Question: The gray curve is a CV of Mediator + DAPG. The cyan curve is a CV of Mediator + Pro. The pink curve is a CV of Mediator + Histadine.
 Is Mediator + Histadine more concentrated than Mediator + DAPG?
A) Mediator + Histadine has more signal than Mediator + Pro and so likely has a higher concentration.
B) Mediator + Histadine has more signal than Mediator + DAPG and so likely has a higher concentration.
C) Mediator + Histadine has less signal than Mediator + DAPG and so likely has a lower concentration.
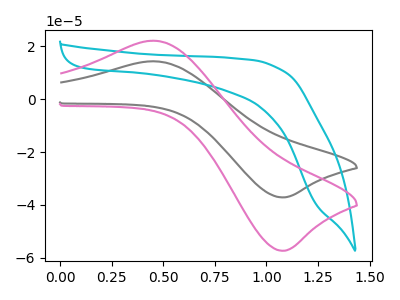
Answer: <think>The gray curve "Mediator + DAPG" has an anodic peak at (0.45V, 14.35uA) and a cathodic peak at (1.10V, -37.15uA). The cyan curve "Mediator + Pro" has no peaks. The pink curve "Mediator + Histadine" has an anodic peak at (0.45V, 22.10uA) and a cathodic peak at (1.10V, -57.35uA).
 All the peaks in "Mediator + Histadine" have a peak in "Mediator + DAPG" at the same potential. Every peak in "Mediator + Histadine" is higher than every peak in "Mediator + DAPG".</think>
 <answer>B) "Mediator + Histadine" has more signal than "Mediator + DAPG" and so likely has a higher concentration.</answer>
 <eval>B</eval>